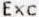
EXC